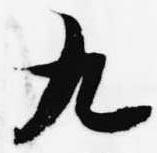
九